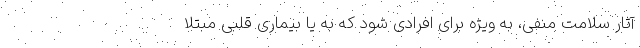
آثار سلامت منفی، به ویژه برای افرادی شود که به یا بیماری قلبی مبتلا